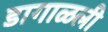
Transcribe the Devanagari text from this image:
डागाळली